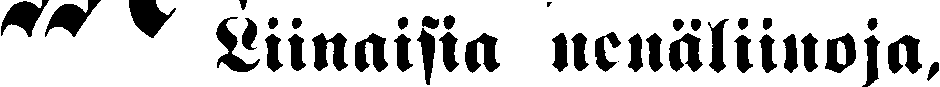
# Liinaisia nenäliinoja,